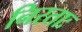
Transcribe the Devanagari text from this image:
निरताः